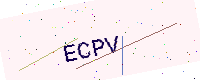
Text: ECPV